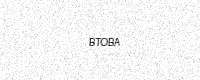
Text: BTOBA